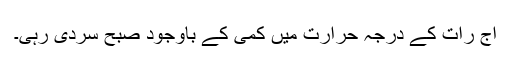
آج رات کے درجہ حرارت میں کمی کے باوجود صبح سردی رہی۔